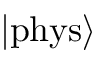
\left| \mathrm { p h y s } \right\rangle